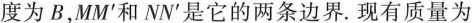
度为B，MM^{\prime}和NN^{\prime}是它的两条边界.现有质量为